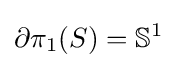
\partial \pi _{1}(S)=\mathbb {S} ^{1}